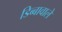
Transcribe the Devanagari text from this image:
डिब्बावाले